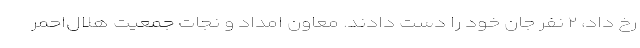
رخ داد، ۲ نفر جان خود را دست دادند. معاون امداد و نجات جمعیت هلال‌احمر